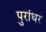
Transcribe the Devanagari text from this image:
पुरांधर